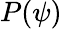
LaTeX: P(\psi)